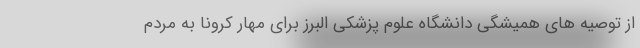
از توصیه های همیشگی دانشگاه علوم پزشکی البرز برای مهار کرونا به مردم